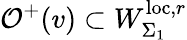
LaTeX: \mathcal{O}^{+}(v)\subset W_{\Sigma_{1}}^{\mathrm{loc},r}